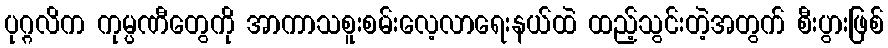
ပုဂ္ဂလိက ကုမ္ပဏီတွေကို အာကာသစူးစမ်းလေ့လာရေးနယ်ထဲ ထည့်သွင်းတဲ့အတွက် စီးပွားဖြစ်